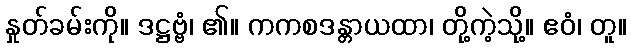
နှုတ်ခမ်းကို။ ဒဋ္ဌဗ္ဗံ၊ ၏။ ကကစဒန္တာယထာ၊ တို့ကဲ့သို့။ ဧဝံ၊ တူ။